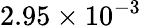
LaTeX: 2.95\times 10^{-3}